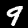
Digit: 9